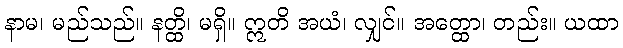
နာမ၊ မည်သည်။ နတ္ထိ၊ မရှိ။ ဣတိ အယံ၊ လျှင်။ အတ္ထော၊ တည်း။ ယထာ